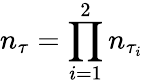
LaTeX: n_{\tau}=\prod_{i=1}^{2}n_{\tau_{i}}